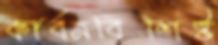
কার্বনবিশিষ্ট